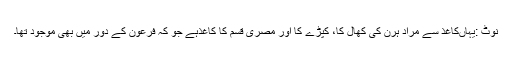
نوٹ :‌یہاں‌کاغذ سے مراد ہرن کی کھال کا، کپڑے کا اور مصری قسم کا کاغذ‌ہے جو کہ فرعون کے دور میں بھی موجود تھا۔